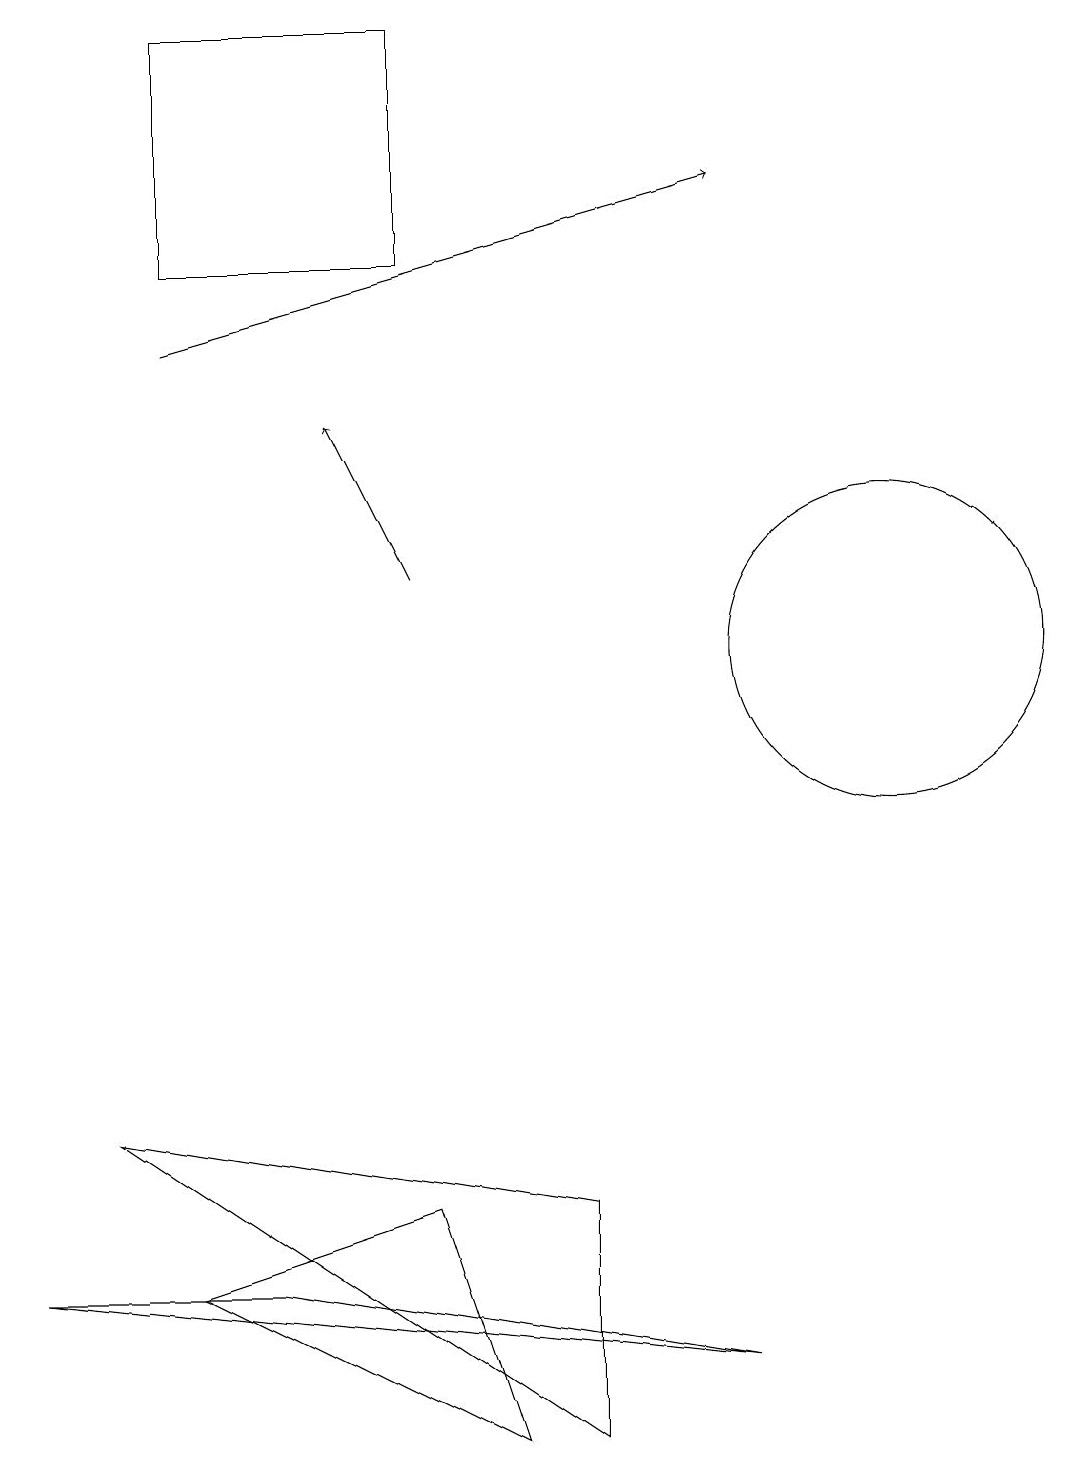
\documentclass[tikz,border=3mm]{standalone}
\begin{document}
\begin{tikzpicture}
\draw (0,2) -- (3,2) -- (9,1) -- cycle;
\draw[->] (2,14) -- (9,16);
\draw (11,10) circle (2);
\draw (7,3) -- (7,0) -- (1,4) -- cycle;
\draw[->] (5,11) -- (4,13);
\draw (5,3) -- (2,2) -- (6,0) -- cycle;
\draw (2,15) rectangle (5,18);
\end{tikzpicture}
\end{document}